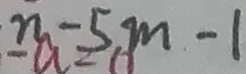
n - 5 m - 1